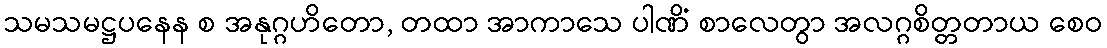
သမသမဋ္ဌပနေန စ အနုဂ္ဂဟိတော, တထာ အာကာသေ ပါဏိံ စာလေတွာ အလဂ္ဂစိတ္တတာယ စေဝ